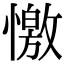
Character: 憿